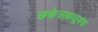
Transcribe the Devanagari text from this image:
छकेसधातुवंस